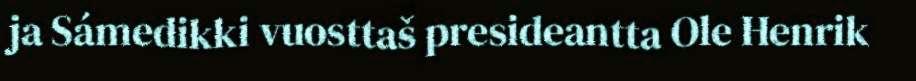
ja Sámedikki vuosttaš presideantta Ole Henrik